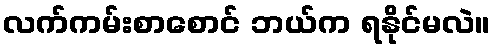
လက်ကမ်းစာစောင် ဘယ်က ရနိုင်မလဲ။